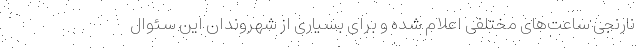
نارنجی ساعت‌های مختلفی اعلام شده و برای بسیاری از شهروندان این سئوال